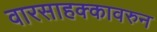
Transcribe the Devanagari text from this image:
वारसाहक्कावरुन